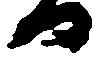
る